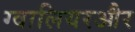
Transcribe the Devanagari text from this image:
ग्वालियरऔर